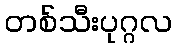
တစ်သီးပုဂ္ဂလ